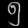
Digit: ၅